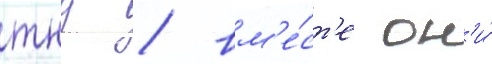
тнд / вм'е́ст'е он'и́